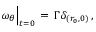
\omega _ { \theta } \Big | _ { t = 0 } \, = \, \Gamma \delta _ { ( r _ { 0 } , 0 ) } \, ,